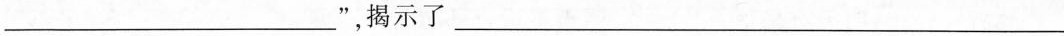
___”，揭示了___